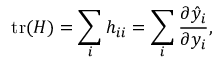
\operatorname { t r } ( H ) = \sum _ { i } h _ { i i } = \sum _ { i } { \frac { \partial { \hat { y } } _ { i } } { \partial y _ { i } } } ,